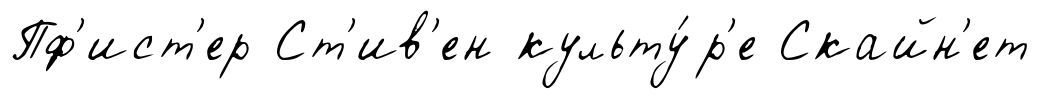
Пф'ист'ер Ст'ив'ен культу́р'е Скайн'ет